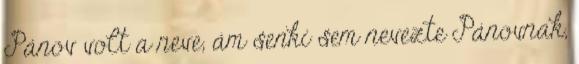
Pánov volt a neve, ám senki sem nevezte Pánovnak,